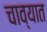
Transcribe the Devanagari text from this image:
चाव्यात